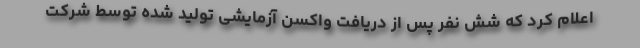
اعلام کرد که شش نفر پس از دریافت واکسن آزمایشی تولید شده توسط شرکت